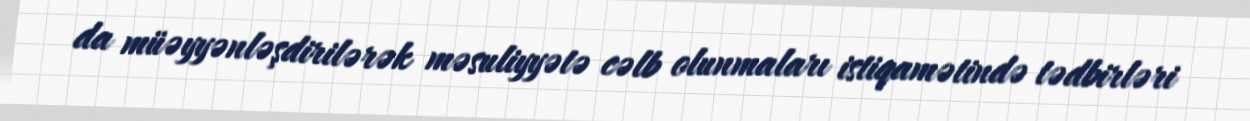
da müəyyənləşdirilərək məsuliyyətə cəlb olunmaları istiqamətində tədbirləri